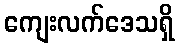
ကျေးလက်ဒေသရှိ